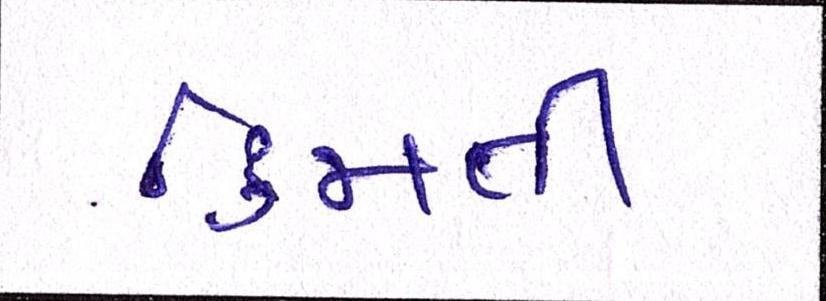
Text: કિમતી